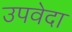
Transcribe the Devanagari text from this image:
उपवेदा